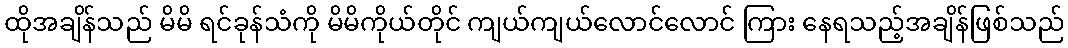
ထိုအချိန်သည် မိမိ ရင်ခုန်သံကို မိမိကိုယ်တိုင် ကျယ်ကျယ်လောင်လောင် ကြား နေရသည့်အချိန်ဖြစ်သည်